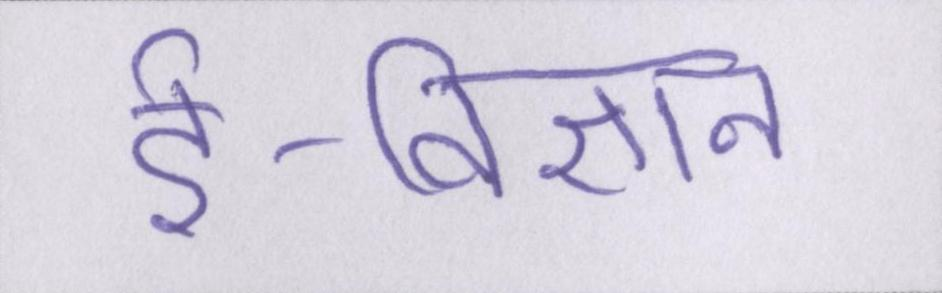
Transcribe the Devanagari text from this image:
ई-विज्ञान